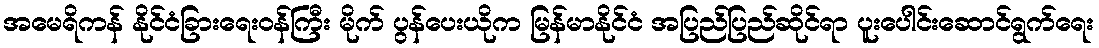
အမေရိကန် နိုင်ငံခြားရေးဝန်ကြီး မိုက် ပွန်ပေးယိုက မြန်မာနိုင်ငံ အပြည်ပြည်ဆိုင်ရာ ပူးပေါင်းဆောင်ရွက်ရေး